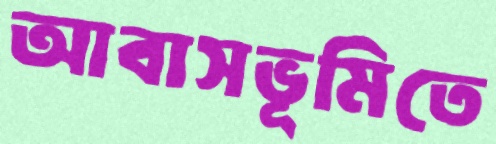
আবাসভূমিতে